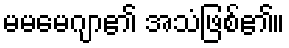
မမမေဂျာ၏ အသံဖြစ်၏။